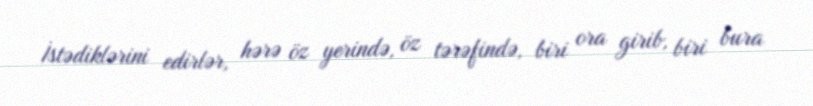
İstədiklərini edirlər, hərə öz yerində, öz tərəfində, biri ora girib, biri bura